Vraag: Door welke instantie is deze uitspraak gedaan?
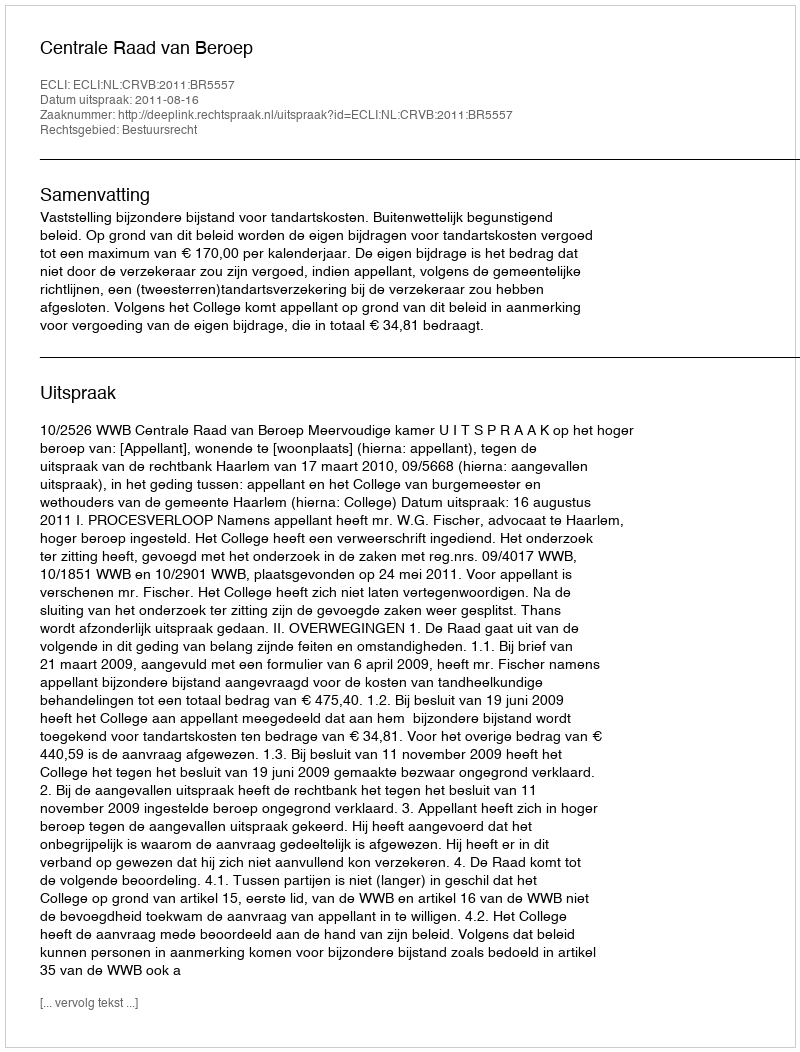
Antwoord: Centrale Raad van Beroep